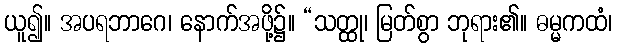
ယူ၍။ အပရဘာဂေ၊ နောက်အဖို့၌။ “သတ္ထု၊ မြတ်စွာ ဘုရား၏။ ဓမ္မကထံ၊